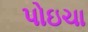
પોઇચા